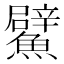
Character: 𩼢